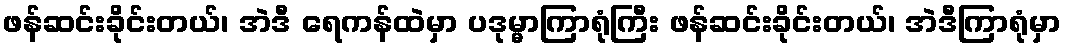
ဖန်ဆင်းခိုင်းတယ်၊ အဲဒီ ရေကန်ထဲမှာ ပဒုမ္မာကြာရုံကြီး ဖန်ဆင်းခိုင်းတယ်၊ အဲဒီကြာရုံမှာ